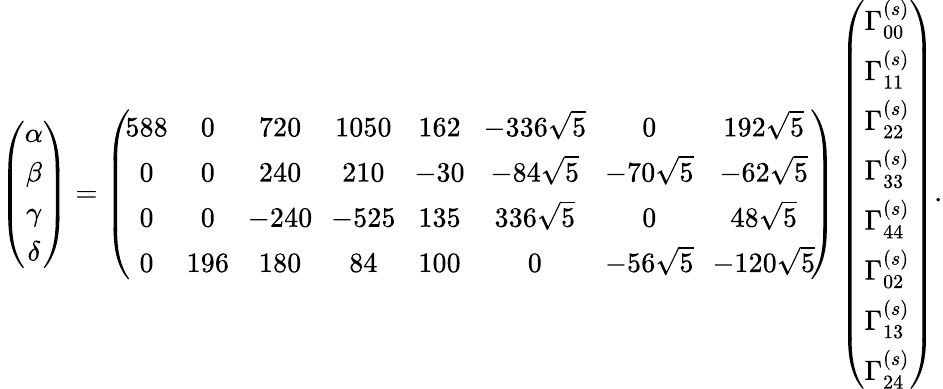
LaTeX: \left(\begin{array}{c}{{\alpha}}\\ {{\beta}}\\ {{\gamma}}\\ {{\delta}}\end{array}\right)=\left(\begin{array}{cccccccc}{{\! 588\! }}&{{0}}&{{720}}&{{\! 1050\! }}&{{\! 162\! }}&{{\! -336\sqrt{5}\! }}&{{0}}&{{192\sqrt{5}}}\\ {{0}}&{{0}}&{{240}}&{{210}}&{{\! -30\! }}&{{-84\sqrt{5}}}&{{\! -70\sqrt{5}\! }}&{{-62\sqrt{5}}}\\ {{0}}&{{0}}&{{\! -240\! }}&{{\! -525\! }}&{{\! 135\! }}&{{336\sqrt{5}}}&{{0}}&{{48\sqrt{5}}}\\ {{0}}&{{\! 196\! }}&{{180}}&{{84}}&{{\! 100\! }}&{{0}}&{{\! -56\sqrt{5}\! }}&{{\! -120\sqrt{5}\! }}\end{array}\right)\left(\begin{array}{c}{{\Gamma_{00}^{(s)}}}\\ {{\Gamma_{11}^{(s)}}}\\ {{\Gamma_{22}^{(s)}}}\\ {{\Gamma_{33}^{(s)}}}\\ {{\Gamma_{44}^{(s)}}}\\ {{\Gamma_{02}^{(s)}}}\\ {{\Gamma_{13}^{(s)}}}\\ {{\Gamma_{24}^{(s)}}}\end{array}\right).